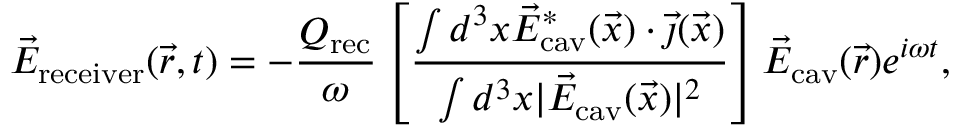
\vec { E } _ { \mathrm { r e c e i v e r } } ( \vec { r } , t ) = - \frac { Q _ { \mathrm { r e c } } } \omega \left[ \frac { \int d ^ { 3 } x \vec { E } _ { \mathrm { c a v } } ^ { * } ( \vec { x } ) \cdot \vec { \jmath } ( \vec { x } ) } { \int d ^ { 3 } x | \vec { E } _ { \mathrm { c a v } } ( \vec { x } ) | ^ { 2 } } \right] \vec { E } _ { \mathrm { c a v } } ( \vec { r } ) e ^ { i \omega t } ,